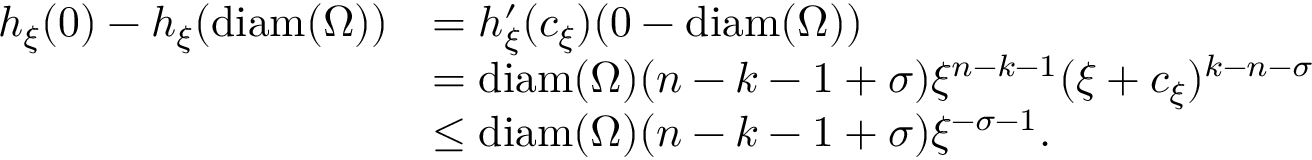
\begin{array} { r l } { h _ { \xi } ( 0 ) - h _ { \xi } ( \mathrm { d i a m } ( \Omega ) ) } & { = h _ { \xi } ^ { \prime } ( c _ { \xi } ) ( 0 - \mathrm { d i a m } ( \Omega ) ) } \\ & { = \mathrm { d i a m } ( \Omega ) ( n - k - 1 + \sigma ) \xi ^ { n - k - 1 } ( \xi + c _ { \xi } ) ^ { k - n - \sigma } } \\ & { \le \mathrm { d i a m } ( \Omega ) ( n - k - 1 + \sigma ) \xi ^ { - \sigma - 1 } . } \end{array}